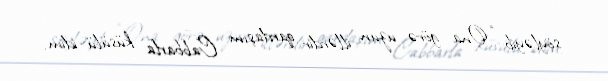
söyləyib: “Ona görə uzun illərdir qardaşım Cabbarla küsülü idim.